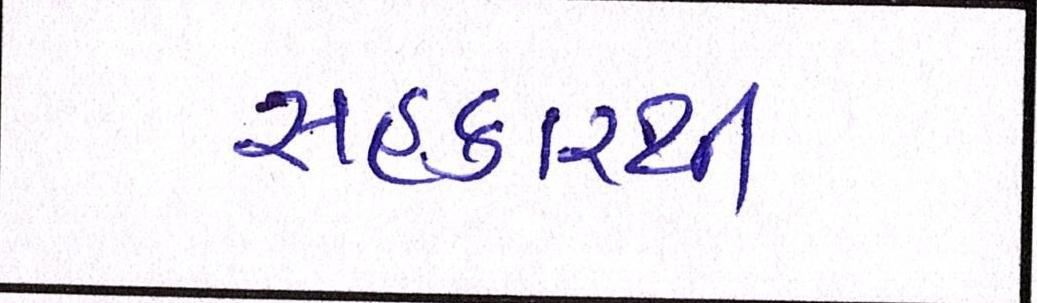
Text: સહકારથી